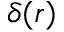
\delta ( r )